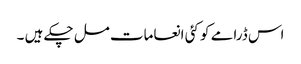
اس ڈرامے کو کئی انعامات مل چکے ہیں ۔